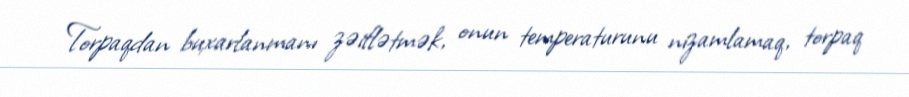
Torpaqdan buxarlanmanı zəiflətmək, onun temperaturunu nizamlamaq, torpaq